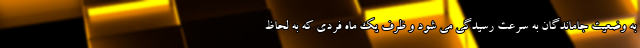
به وضعیت جاماندگان به سرعت رسیدگی می شود و ظرف یک ماه فردی که به لحاظ